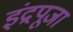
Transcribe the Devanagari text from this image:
इंद्रपूजा